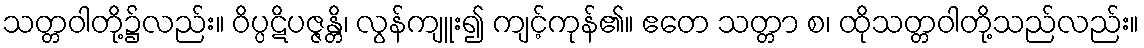
သတ္တဝါတို့၌လည်း။ ဝိပ္ပဋိပဇ္ဇန္တိ၊ လွန်ကျူး၍ ကျင့်ကုန်၏။ ဧတေ သတ္တာ စ၊ ထိုသတ္တဝါတို့သည်လည်း။